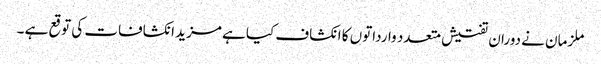
ملزمان نے دوران تفتیش متعدد وارداتوں کا انکشاف کیا ہے مزید انکشافات کی توقع ہے ۔